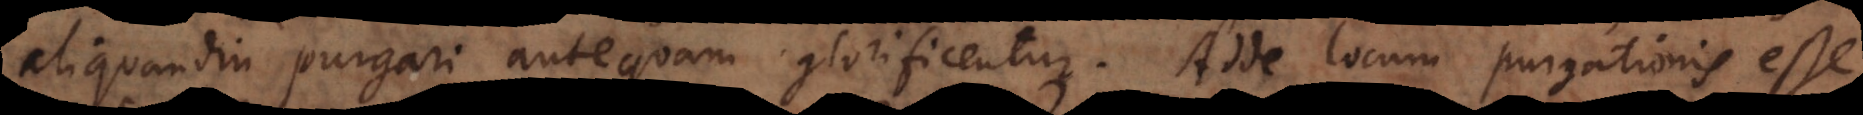
aliquandiu purgari antequam glorificentur. Adde locum purgationis esse